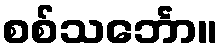
စစ်သင်္ဘော။